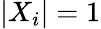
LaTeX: |X_{i}|=1